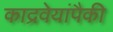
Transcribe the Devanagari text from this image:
काद्रवेयांपैकी